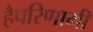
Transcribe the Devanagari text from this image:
हैपरिणामी